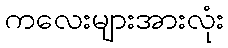
ကလေးများအားလုံး